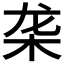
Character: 𬺜